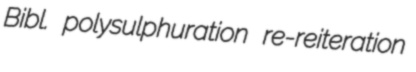
Bibl. polysulphuration re-reiteration